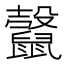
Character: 𪕷